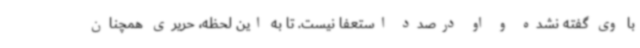
با وی گفته نشده و او درصدد استعفا نیست. تا به این لحظه، حریری همچنان